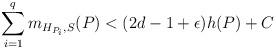
LaTeX: \begin{align*}\sum_{i=1}^q m_{H_{P_i},S}(P)<(2d-1+\epsilon)h(P)+C\end{align*}